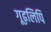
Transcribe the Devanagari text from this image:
गूढ़लिपि